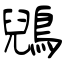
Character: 鶂